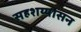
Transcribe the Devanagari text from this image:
सहशय्यासन